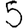
Digit: 5